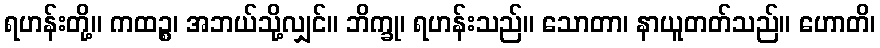
ရဟန်းတို့။ ကထဉ္စ၊ အဘယ်သို့လျှင်။ ဘိက္ခု၊ ရဟန်းသည်။ သောတာ၊ နာယူတတ်သည်။ ဟောတိ၊